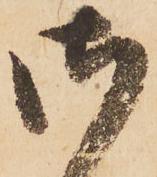
御